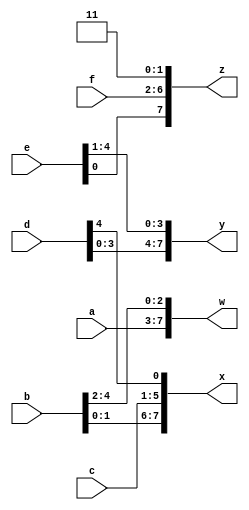
// This program was cloned from: https://github.com/milind7777/VerilogDocGen
// License: MIT License

module vector3 (
  input [4:0] a,
  input [4:0] b,
  input [4:0] c,
  input [4:0] d,
  input [4:0] e,
  input [4:0] f,
  output [7:0] w,
  output [7:0] x,
  output [7:0] y,
  output [7:0] z

);

  assign { w,x,y,z} = {a,b,c,d,e,f,2'b11};

endmodule